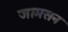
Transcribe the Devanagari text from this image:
जामसन